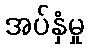
အပ်နှံမှု